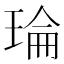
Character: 𤦎